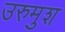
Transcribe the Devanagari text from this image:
उरुमुश